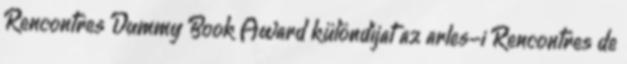
Rencontres Dummy Book Award különdíjat az arles-i Rencontres de